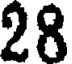
28